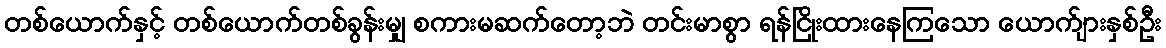
တစ်ယောက်နှင့် တစ်ယောက်တစ်ခွန်းမျှ စကားမဆက်တော့ဘဲ တင်းမာစွာ ရန်ငြိုးထားနေကြသော ယောက်ျားနှစ်ဦး